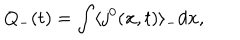
Q _ { - } ( t ) = \int \langle j ^ { 0 } ( { \bf x } , t ) \rangle _ { - } d { \bf x } ,